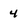
Character: 4